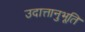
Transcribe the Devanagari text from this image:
उदात्तानुभूति